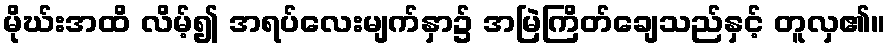
မိုဃ်းအထိ လိမ့်၍ အရပ်လေးမျက်နှာ၌ အမြဲကြိတ်ချေသည်နှင့် တူလှ၏။